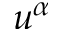
u ^ { \alpha }